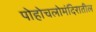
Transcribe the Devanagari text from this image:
पोहोचलोमंदिरातील